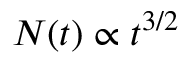
N ( t ) \propto t ^ { 3 / 2 }